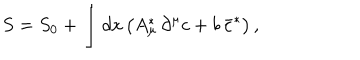
S = S _ { 0 } + \int d x \, \bigl ( A _ { \mu } ^ { \ast } \, \partial ^ { \mu } c + b \, \bar { c } ^ { \ast } \bigr ) \, ,